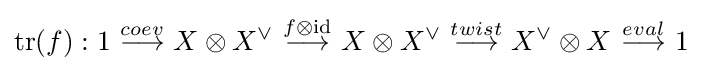
\mathrm {tr} (f):1\ {\stackrel {coev}{\longrightarrow }}\ X\otimes X^{\vee }\ {\stackrel {f\otimes \operatorname {id} }{\longrightarrow }}\ X\otimes X^{\vee }\ {\stackrel {twist}{\longrightarrow }}\ X^{\vee }\otimes X\ {\stackrel {eval}{\longrightarrow }}\ 1